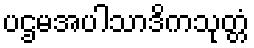
ပဌမအပါသာဒိကသုတ္တံ